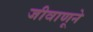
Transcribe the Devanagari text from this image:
जीवाणूने